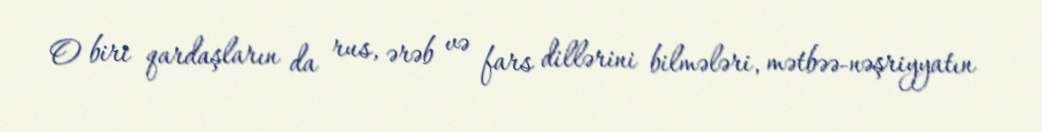
O biri qardaşların da rus, ərəb və fars dillərini bilmələri, mətbəə-nəşriyyatın